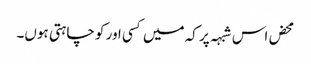
محض اس شبہہ پر کہ میں کسی اور کو چاہتی ہوں۔